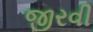
જીરવી